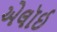
એલૉઈ